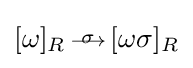
[\omega ]_{R}{\begin{smallmatrix}{\sigma }\\[-5pt]{\longrightarrow }\end{smallmatrix}}[\omega \sigma ]_{R}